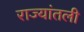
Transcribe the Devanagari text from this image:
राज्यांतली